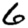
Digit: 6